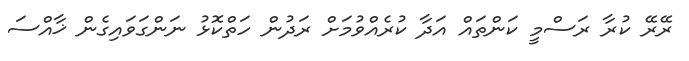
ރޭރޭ ކުރާ ރަސްމީ ކަންތައް އަދާ ކުރެއްވުމަށް ރަދުން ހަތްކޮޅު ނަންގަވައިގެން ޚާއްސަ